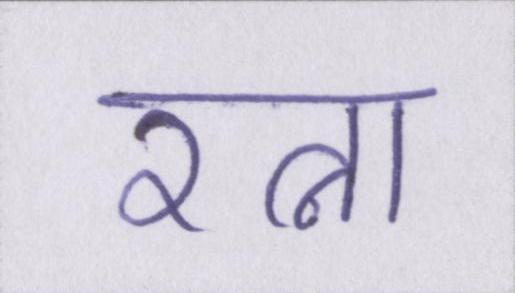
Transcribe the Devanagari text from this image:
रत्ना